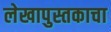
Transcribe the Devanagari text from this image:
लेखापुस्तकाचा